Specificity of antivenomous sera, with special reference to a serum prepared with the venom of Daboia russellii - Number 16
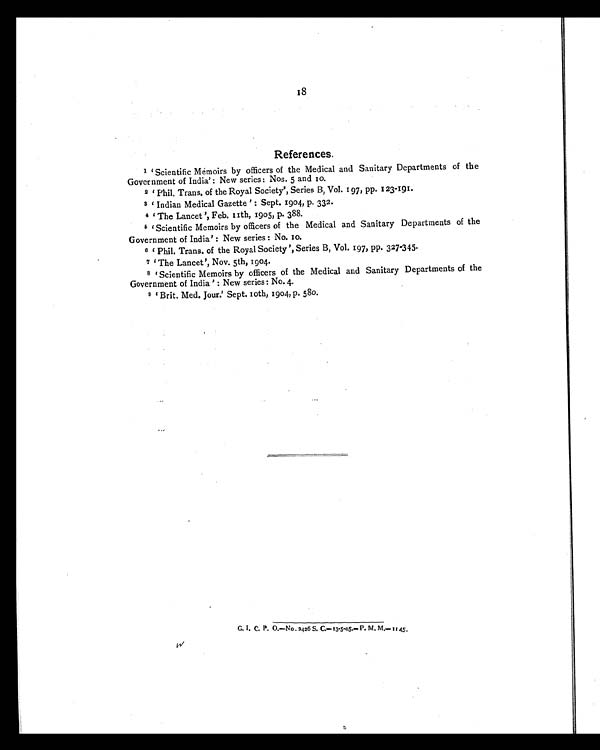
18
References.
1 'Scientific Memoirs by officers of the Medical and Sanitary Departments of the
Government of India': New series: Nos. 5 and 10.
2 'Phil. Trans. of the Royal Society', Series B, Vol. 197, pp. 123-191.
3 'Indian Medical Gazette' : Sept. 1904, p. 332.
4 'The Lancet ', Feb. 11th, 1905, p. 388.
5 'Scientific Memoirs by officers of the Medical and Sanitary Departments of the
Government of India' : New series : No. 10.
6 'Phil. Trans. of the Royal Society ', Series B, Vol. 197, pp. 327-345.
7 'The Lancet', Nov. 5th, 1904.
8 'Scientific Memoirs by officers of the Medical and Sanitary Departments of the
Government of India ' : New series: No. 4.
9 'Brit. Med. Jour.' Sept. 10th, 1904, p. 580.
G. I. C. P. O.—No . 2426 S. C.—13-5-05.— P. M. M.—1145.